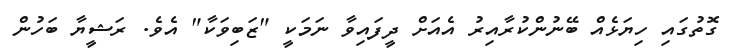
ގޮތުގައި ހިޔަޅެއް ބޭނުންކުރާއިރު އެއަށް ދީފައިވާ ނަމަކީ "ޒަބިވަކާ" އެވެ. ރަޝީޔާ ބަހުން